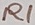
Text: R1